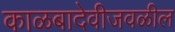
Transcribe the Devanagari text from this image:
काळबादेवीजवळील